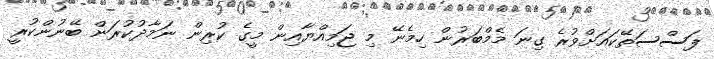
ފަސްސަތޭކައަށްވުރެ ގިނަ މެމްބަރުން ހިމެނޭ މި ޖަމިއްޔާއިން މީގެ ކުރިން ނަމާދުކުރަން ބޭނުންކުރީ